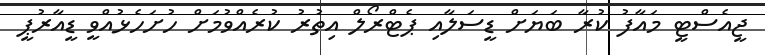
ޖީއެސްޓީ މައާފު ކުރާ ބަޔަށް ޑީސަލާއި ޕެޓްރޯލް އިތުރު ކުރެއްވުމަށް ހުށަހެޅުއްވީ ޑީއާރުޕީ